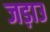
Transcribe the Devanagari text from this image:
जड़ाउ